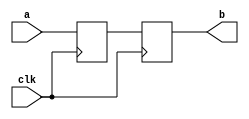
`timescale 1ns/1ps
module PC(
    input [31:0] a,
    input clk,
    output reg [31:0] b
);

reg [31:0] pc1;

always@(posedge clk)
begin
    if(clk == 1)
        begin
            b = pc1;
            pc1 = a;
        end
end

initial begin
    pc1 = 0;
end

endmodule